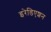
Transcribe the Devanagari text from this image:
इरेडिएशन